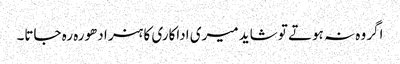
اگر وہ نہ ہوتے تو شاید میری اداکاری کا ہنر ادھورہ رہ جاتا۔